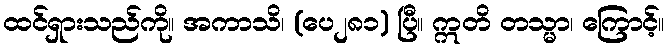
ထင်ရှားသည်ကို။ အကာသိ၊ (ပေ၂၈၁) ပြီ။ ဣတိ တသ္မာ၊ ကြောင့်။